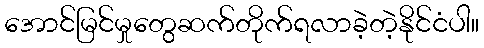
အောင်မြင်မှုတွေဆက်တိုက်ရလာခဲ့တဲ့နိုင်ငံပါ။